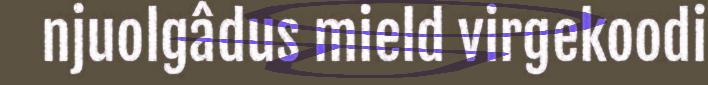
njuolgâdus mield virgekoodi